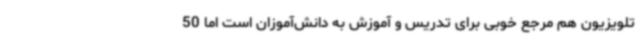
تلویزیون هم مرجع خوبی برای تدریس و آموزش به دانش‌آموزان است اما 50‌